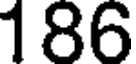
186